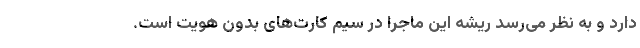
دارد و به نظر می‌رسد ریشه این ماجرا در سیم کارت‌های بدون هویت است.